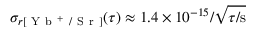
\sigma _ { r [ \mathrm { ~ Y ~ b ~ } ^ { + } \mathrm { ~ / ~ S ~ r ~ } ] } ( \tau ) \approx 1 . 4 \times 1 0 ^ { - 1 5 } / \sqrt { \tau / \mathrm { s } }